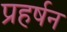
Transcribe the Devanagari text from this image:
प्रहर्षन